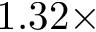
1 . 3 2 \times